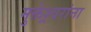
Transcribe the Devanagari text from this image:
मुक्तेश्र्वरांना